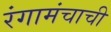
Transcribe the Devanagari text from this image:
रंगामंचाची